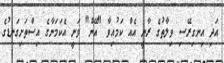
އަދި އިނގިރޭސި ވިލާތުގެ ރާނީ އެއް ކަމުއިވާ "އޭން" ވަނީ އެކަމަނާގެ އިސްތަށިގަނޑުގެ